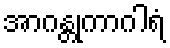
အာဂန္တုကာဂါရံ